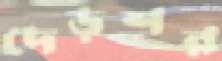
দেড়শর